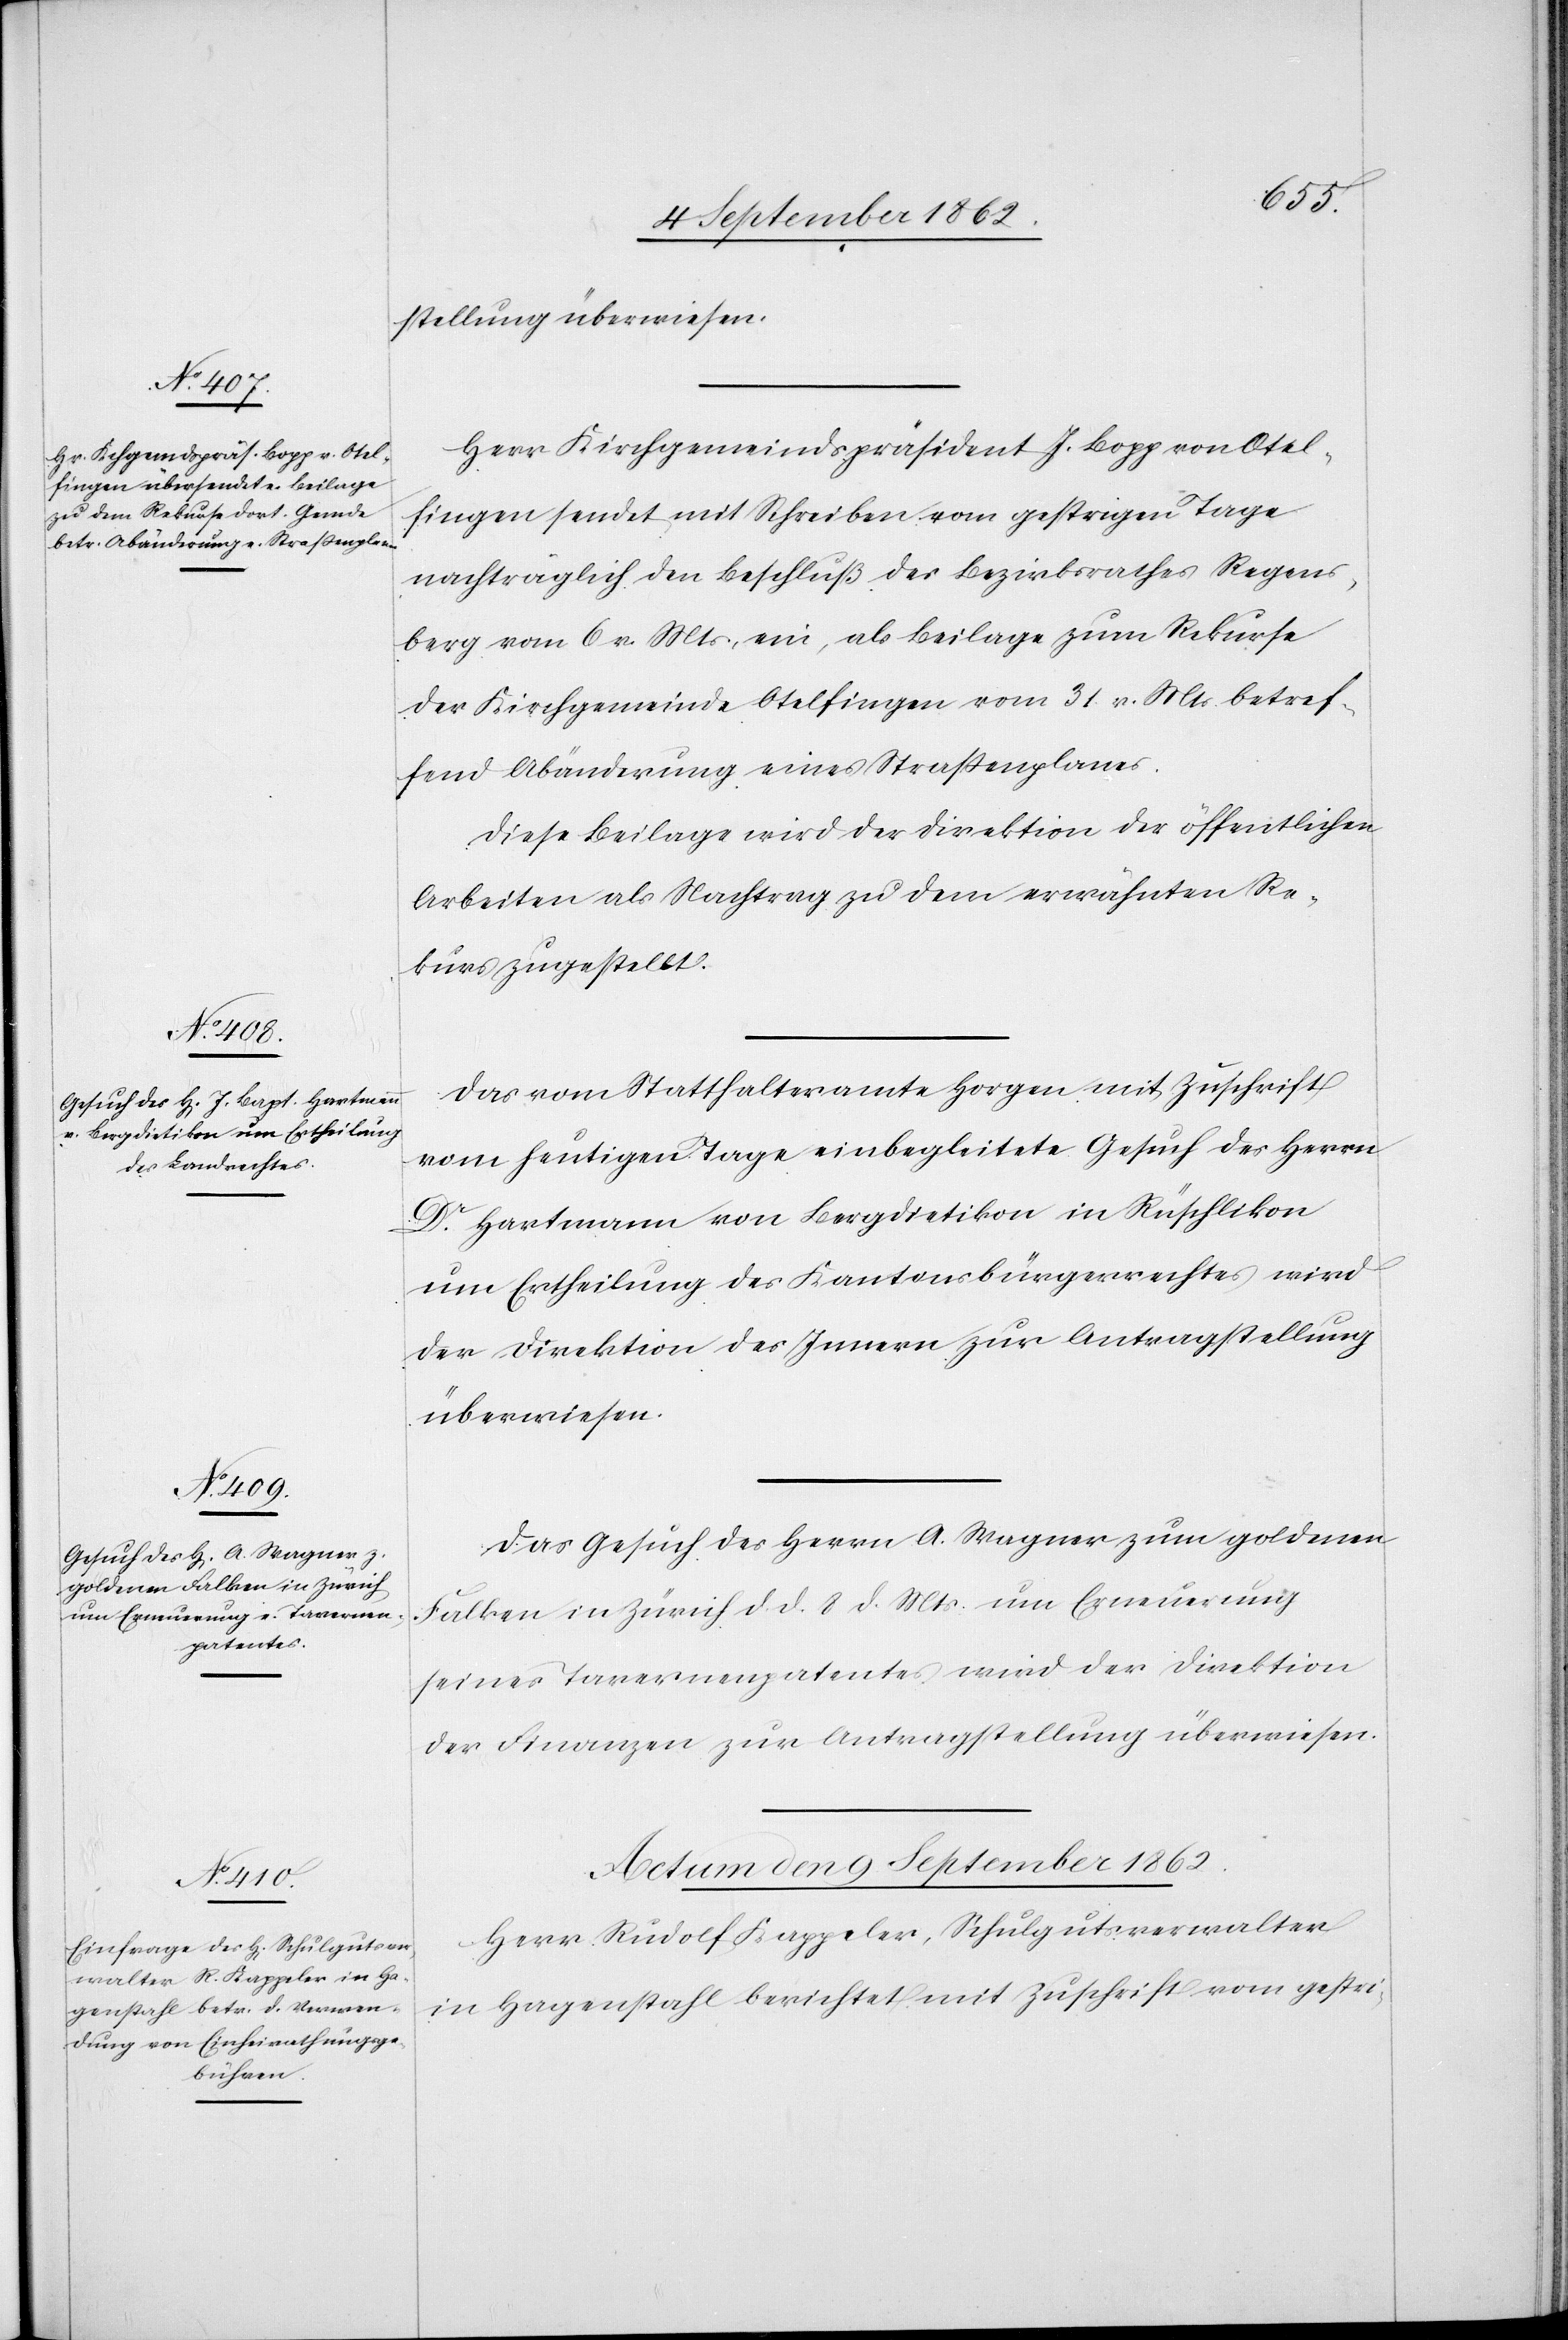
stellung überwiesen.
Herr Kirchgemeindspräsident J. Bopp von Otel¬
fingen sendet mit Schreiben vom gestrigen Tage
nachträglich den Beschluß des Bezirksrathes Regens¬
berg vom 6. v. Mts. ein, als Beilage zum Rekurse
der Kirchgemeinde Otelfingen vom 31. v. Mts. betref¬
fend Abänderung eines Straßenplanes.
Diese Beilage wird der Direktion der öffentlichen
Arbeiten als Nachtrag zu dem erwähnten Re¬
kurs zugestellt.
Das vom Statthalteramte Horgen mit Zuschrift
vom heutigen Tage einbegleitete Gesuch des Herrn
Dr. Hartmann von Bergdietikon in Rüschlikon
um Ertheilung des Kantonsbürgerrechtes wird
der Direktion des Innern zur Antragstellung
überwiesen.
Das Gesuch des Herrn A. Wagner zum goldenen
Falken in Zürich d. d. 8. d. Mts. um Erneuerung
seines Tavernenpatentes wird der Direktion
der Finanzen zur Antragstellung überwiesen.
Actum den 9. September 1862.
Herr Rudolf Kappeler, Schulgutsverwalter
in Hagenstahl berichtet mit Zuschrift vom gestri-